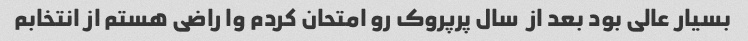
بسیار عالی بود بعد از  سال پرپروک رو امتحان کردم وا راضی هستم از انتخابم